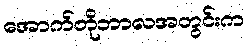
အောက်တိုဘာလအတွင်းက